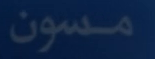
مسون